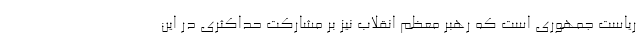
ریاست جمهوری است که رهبر معظم انقلاب نیز بر مشارکت حداکثری در این